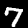
Label: 7